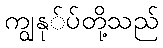
ကျွနု်ပ်တို့သည်